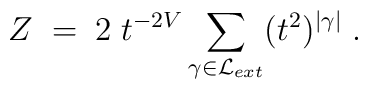
Z \; = \; 2 \; t^{-2V} \sum_{\gamma \in {\cal L}_{ext} } (t^2)^{|\gamma|} \; .